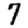
Digit: 7